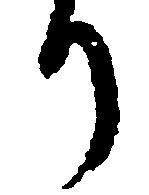
り